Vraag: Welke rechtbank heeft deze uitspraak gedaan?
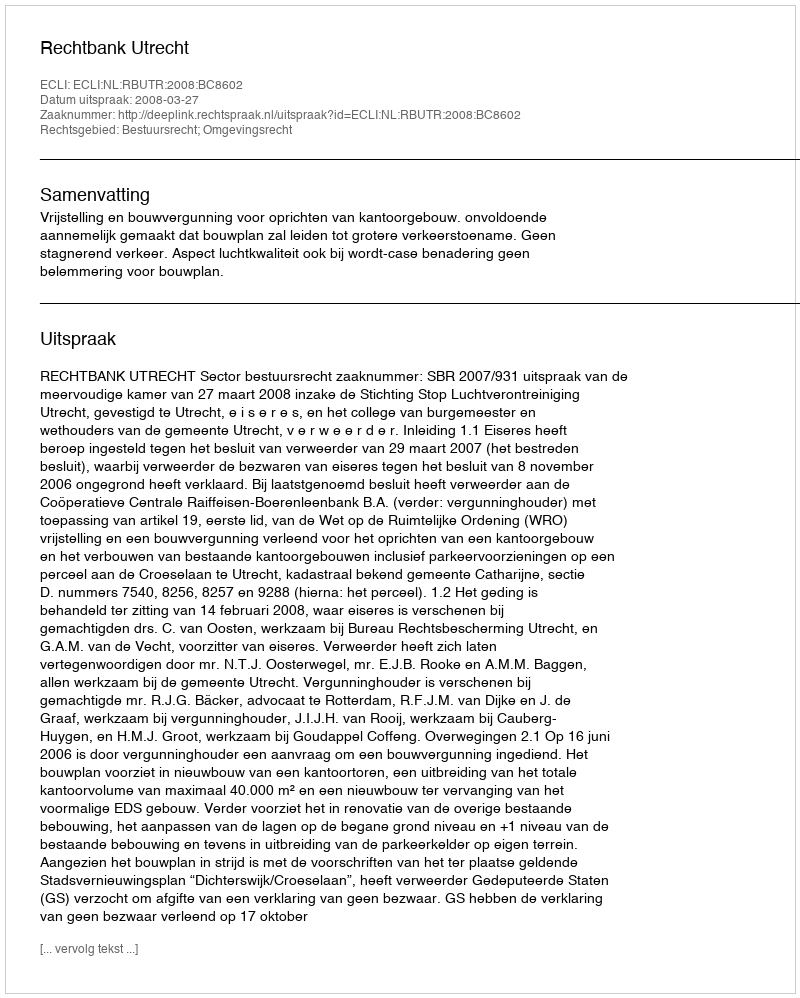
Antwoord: Rechtbank Utrecht